画像に写った文字を読んでください
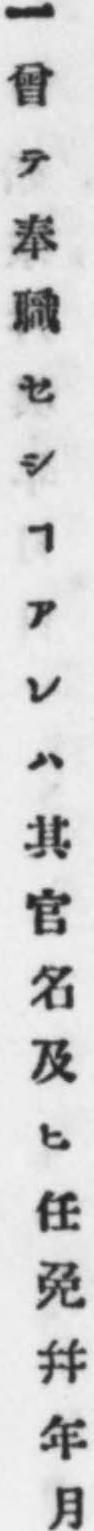
「一曾テ奉職セシヿアレハ其官名及ヒ任免幷年月」と書いてあります